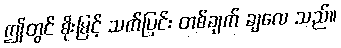
ဤတွင် စိုးမြင့် သက်ပြင်း တစ်ချက် ချလေ သည်။